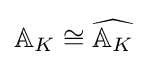
\mathbb {A} _{K}\cong {\widehat {\mathbb {A} _{K}}}